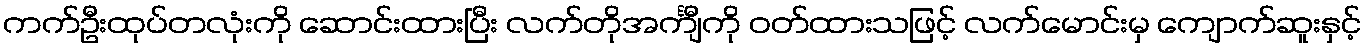
ကက်ဦးထုပ်တလုံးကို ဆောင်းထားပြီး လက်တိုအင်္ကျီကို ဝတ်ထားသဖြင့် လက်မောင်းမှ ကျောက်ဆူးနှင့်